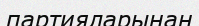
партияларынан